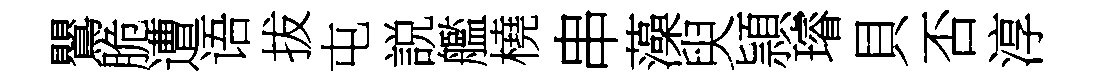
鸎脆遭语拔屯説艦橈串藻臾頴璿貝否淳